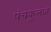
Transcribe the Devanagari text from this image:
पंचकुलात